Reports on military cantonments and civil stations in the Presidency of Bombay inspected by the Sanitary Commissioner in the years 1875 and 1876
Year: 1875
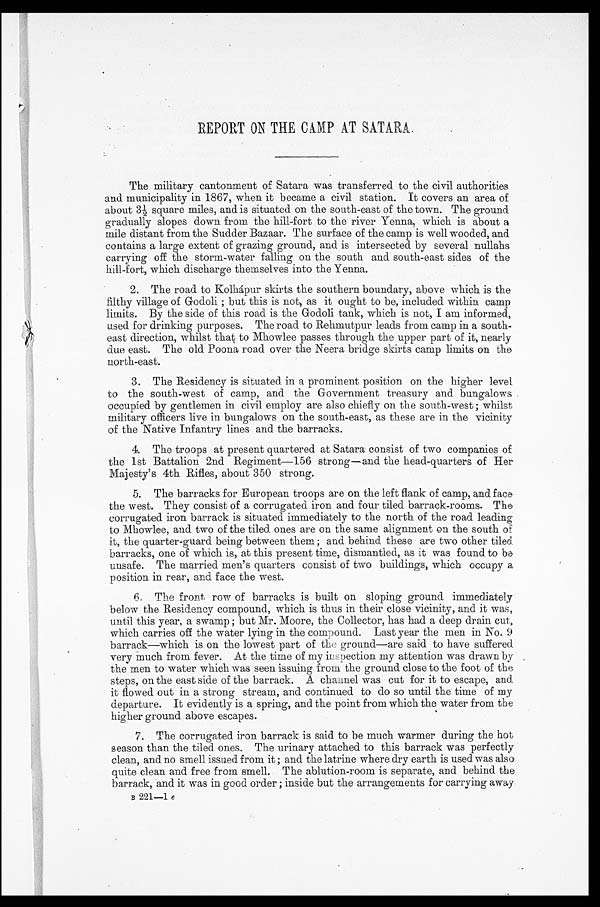
REPORT ON THE CAMP AT SATARA.
The military cantonment of Satara was transferred to the civil authorities
and municipality in 1867, when it became a civil station. It covers an area of
about 31 / 2
s q u a r e m i l e s , a n d i s s i t u a t e d o n t h e s o u t h - e a s t o f t h e t o w n . T h e g r o u n d
gradually slopes down from the hill-fort to the river Yenna, which is about a
mile distant from the Sudder Bazaar. The surface of the camp is well wooded, and
contains a large extent of grazing ground, and is intersected by several nullahs
carrying off the storm-water falling on the south and south-east sides of the
hill-fort, which discharge themselves into the Yenna.
2. The road to Kolhápur skirts the southern boundary, above which is the
filthy village of Godoli ; but this is not, as it ought to be, included within camp
limits. By the side of this road is the Godoli tank, which is not, I am informed,
used for drinking purposes. The road to Rehmutpur leads from camp in a south-
east direction, whilst that to Mhowlee passes through the upper part of it, nearly
due east. The old Poona road over the Neera bridge skirts camp limits on the
north-east.
3. The Residency is situated in a prominent position on the higher level
to the south-west of camp, and the Government treasury and bungalows .
occupied by gentlemen in civil employ are also chiefly on the south-west ; whilst
military officers live in bungalows on the south-east, as these are in the vicinity
of the Native Infantry lines and the barracks.
4. The troops at present quartered at Satara consist of two companies of
the 1st Battalion 2nd Regiment-156 strong—and the head-quarters of Her
Majesty's 4th Rifles, about 350 strong.
5. The barracks for European troops are on the left flank of camp, and face
the west. They consist of a corrugated iron and four tiled barrack-rooms. The
corrugated iron barrack is situated immediately to the north of the road leading
to Mhowlee, and two of the tiled ones are on the same alignment on the south of
it, the quarter-guard being between them ; and behind these are two other tiled
barracks, one of which is, at this present time, dismantled, as it was found to be
unsafe. The married men's quarters consist of two buildings, which occupy a
position in rear, and face the west.
The front row of barracks is built on sloping ground immediately
below the Residency compound, which is thus in their close vicinity, and it was,
until this year, a swamp ; but Mr. Moore, the Collector, has had a deep drain cut,
which carries off the water lying in the compound. Last year the men in No. 9
barrack—which is on the lowest part of the ground—are said to have suffered.
very much from fever. At the time of my inspection my attention was drawn by .
the men to water which was seen issuing from the ground close to the foot of the
steps, on the east side of the barrack. A charnel was cut for it to escape, and.
it flowed out in a strong stream, and continued to do so until the time of my
departure. It evidently is a spring, and the point from which the water from the
higher ground above escapes.